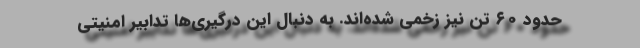
حدود ۶۰ تن نیز زخمی شده‌اند. به دنبال این درگیری‌ها تدابیر امنیتی